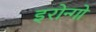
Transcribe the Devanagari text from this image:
इरोन्गो